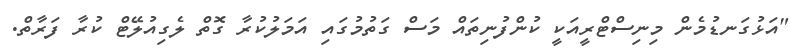
"އަޅުގަނޑުމެން މިނިސްޓްރީއަކީ ކުންފުނިތައް މަސް ގަތުމުގައި އަމަލުކުރާ ގޮތް ލެގިއުލޭޓް ކުރާ ފަރާތް.